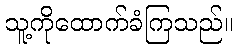
သူ့ကိုထောက်ခံကြသည်။